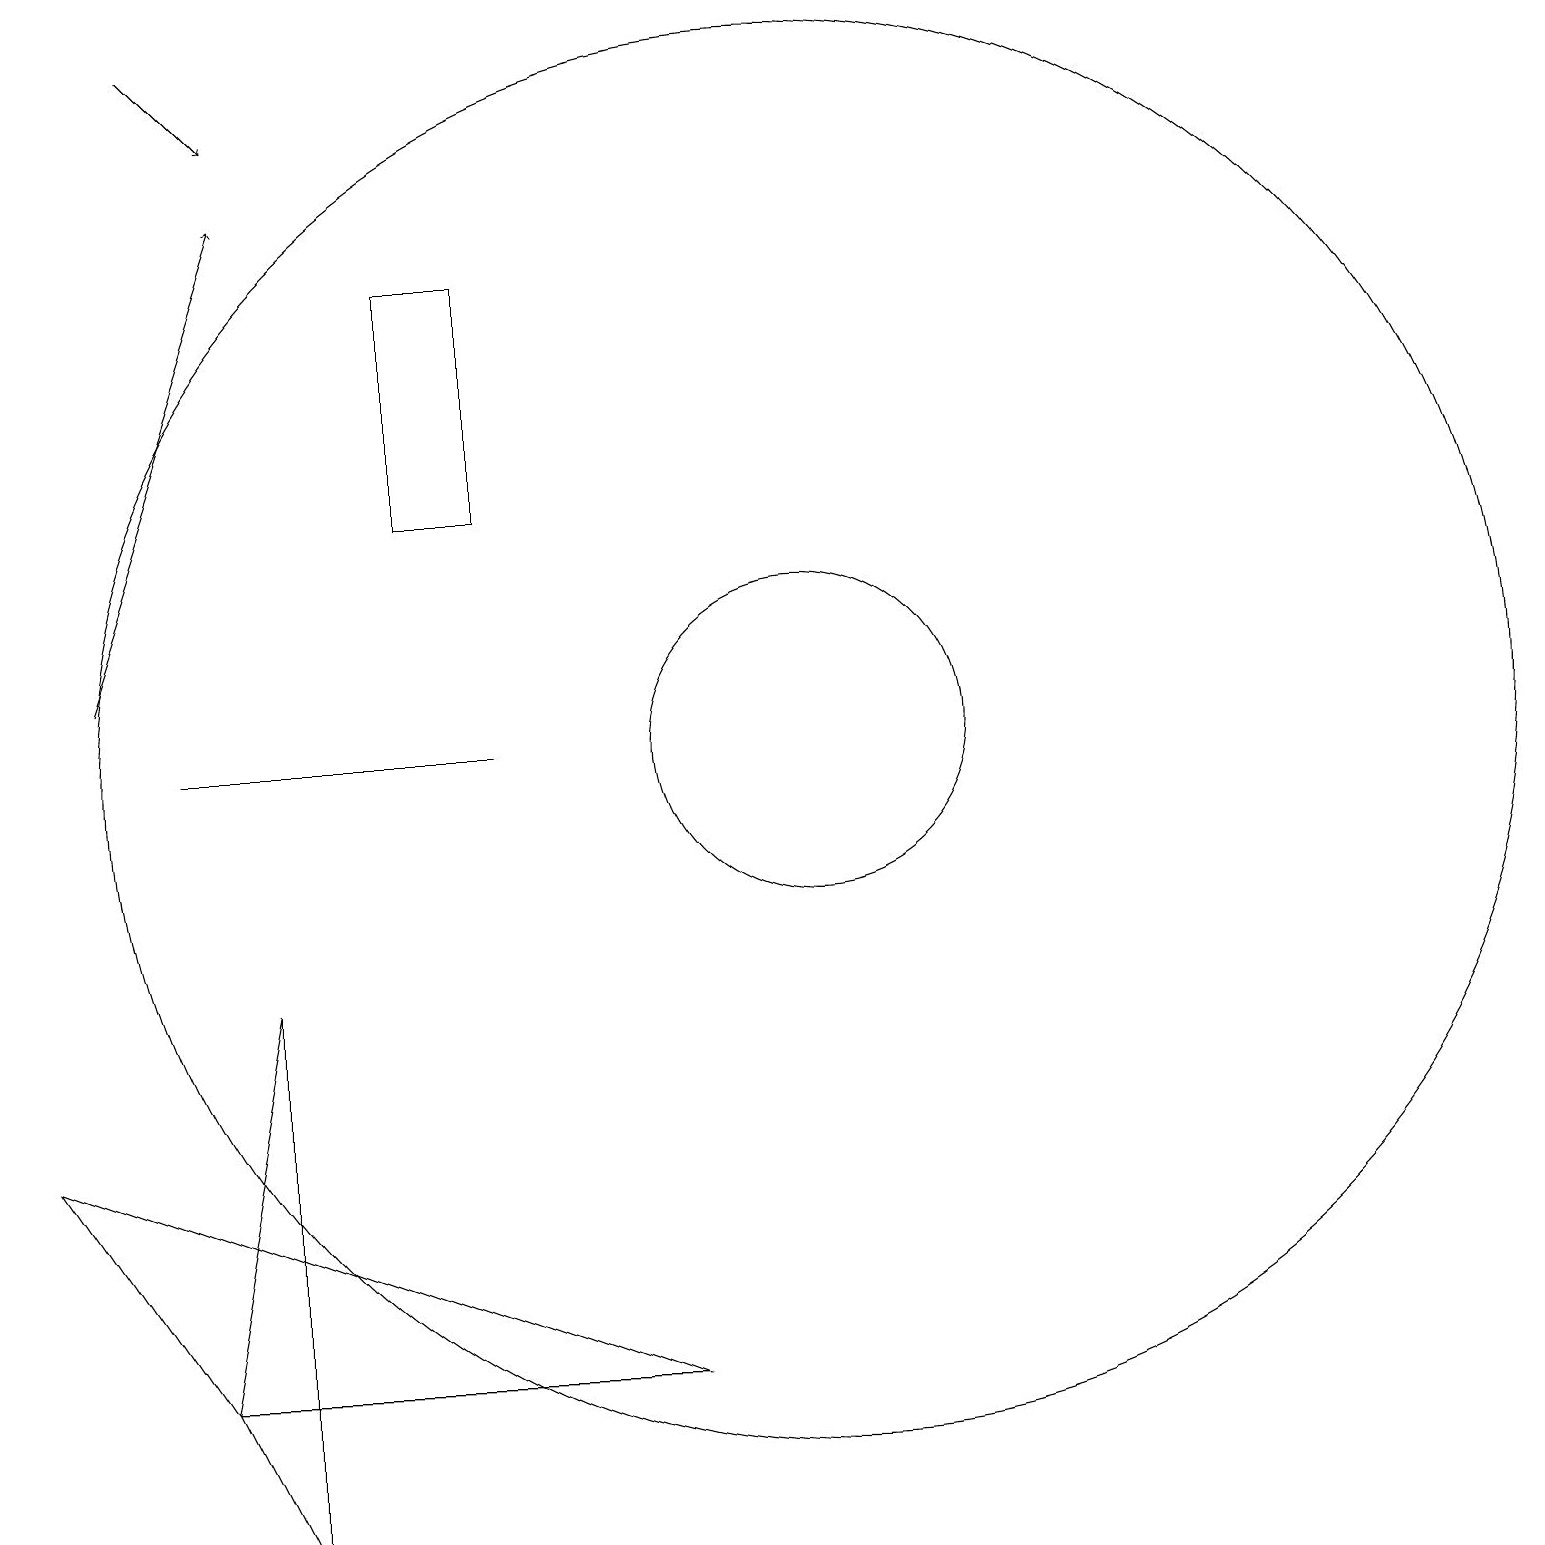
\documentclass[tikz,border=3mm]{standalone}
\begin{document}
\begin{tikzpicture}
\draw[->] (3,19) -- (4,18);
\draw[->] (2,11) -- (4,17);
\draw (3,10) rectangle (7,10);
\draw (3,2) -- (9,2) -- (1,5) -- cycle;
\draw (7,13) rectangle (6,16);
\draw (11,10) circle (9);
\draw (4,0) -- (4,7) -- (3,2) -- cycle;
\draw (11,10) circle (2);
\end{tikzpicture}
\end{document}